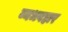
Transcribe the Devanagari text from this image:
व्यधवहार